Annual administration report of the Civil Veterinary Department, Sind - 1941-1942
Year: 1941
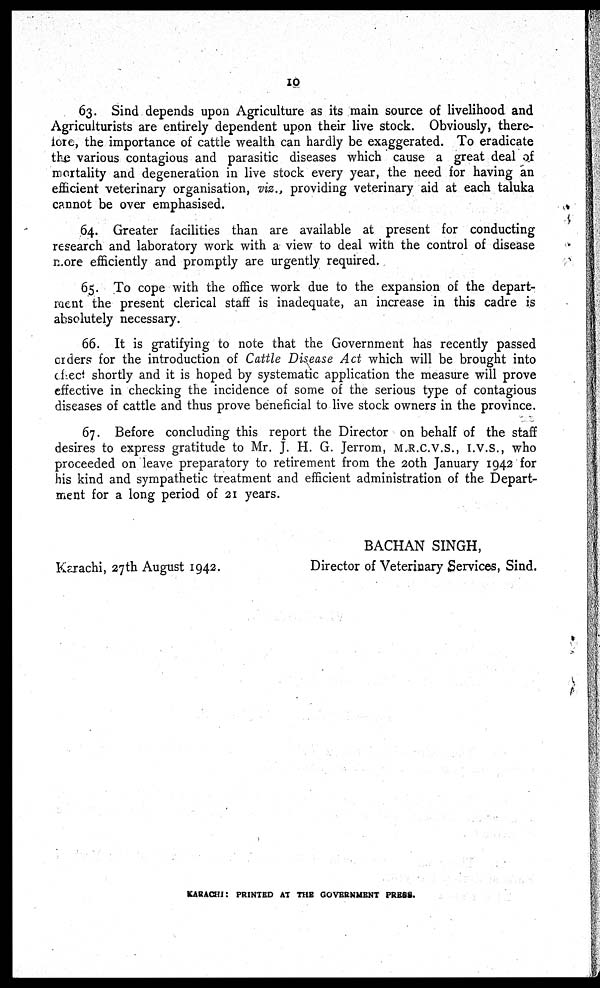
10
63. Sind depends upon Agriculture as its main source of livelihood and
Agriculturists are entirely dependent upon their live stock. Obviously, there-
fore, the importance of cattle wealth can hardly be exaggerated. To eradicate
the various contagious and parasitic diseases which cause a great deal of
mortality and degeneration in live stock every year, the need for having an
efficient veterinary organisation, viz., providing veterinary aid at each taluka
cannot be over emphasised.
64. Greater facilities than are available at present for conducting
research and laboratory work with a view to deal with the control of disease
more efficiently and promptly are urgently required.
65. To cope with the office work due to the expansion of the depart-
ment the present clerical staff is inadequate, an increase in this cadre is
absolutely necessary.
66. It is gratifying to note that the Government has recently passed
orders for the introduction of Cattle Disease Act which will be brought into
effect shortly and it is hoped by systematic application the measure will prove
effective in checking the incidence of some of the serious type of contagious
diseases of cattle and thus prove beneficial to live stock owners in the province.
67. Before concluding this report the Director on behalf of the staff
desires to express gratitude to Mr. J. H. G. Jerrom, M.R.C.V.S., I.V.S., who
proceeded on leave preparatory to retirement from the 20th January 1942 for
his kind and sympathetic treatment and efficient administration of the Depart-
ment for a long period of 21 years.
Karachi, 27th August 1942.
BACHAN SINGH,
Director of Veterinary Services, Sind.
KARACHI: PRINTED AT THE GOVERNMENT PRESS.